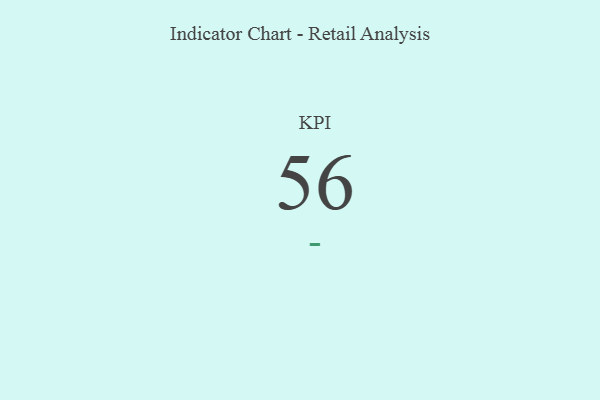
{"axis": {"x": "KPI", "y": "Value"}, "legend": [""], "data": [{"x": "KPI", "y": 56, "type": ""}]}